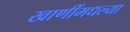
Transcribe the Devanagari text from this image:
खाणींमधल्या